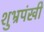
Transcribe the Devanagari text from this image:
शुभ्रपंखी